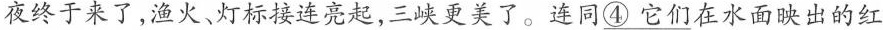
夜终于来了,渔火、灯标接连亮起,三峡更美了。连同\underline{④它们}在水面映出的红